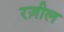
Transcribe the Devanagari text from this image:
रज़ील